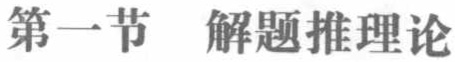
第一节  解题推理论